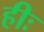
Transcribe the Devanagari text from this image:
हीः